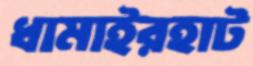
ধামাইরহাট